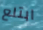
ابتلع